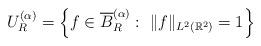
LaTeX: \begin{align*}U_R^{(\alpha)}= \left\{ f \in \overline{B}_R^{(\alpha)}: ~ \|f \|_{L^2(\mathbb{R}^2)} =1 \right\}\end{align*}